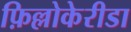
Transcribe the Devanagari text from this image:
फ़िल्लोकेरीडा